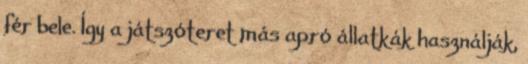
fér bele. Így a játszóteret más apró állatkák használják,